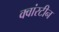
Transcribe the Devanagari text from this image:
क्वांरटीन